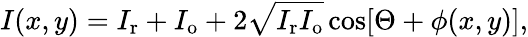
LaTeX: I(x,y)=I_{\mathrm{r}}+I_{\mathrm{o}}+2\sqrt{I_{\mathrm{r}}I_{\mathrm{o}}}\cos[\Theta+\phi(x,y)],